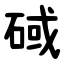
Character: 䂸